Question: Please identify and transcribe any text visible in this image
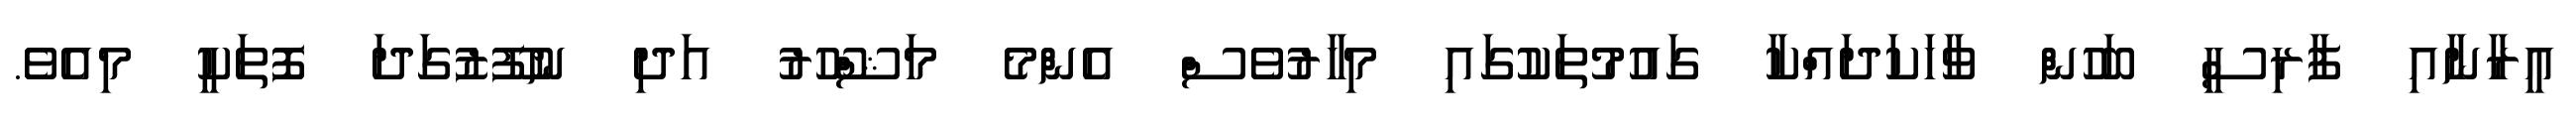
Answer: އީރާނާއި ފާރިސީ ބަހުން ވާހަކަދައްކާ ގައުމުތަކުގައި މިހާރުވެސް އެންމެ މަޝްހޫރު އަދި ނުފޫޒުގަދަ ފޮތަކީ މިއެވެ.